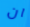
ان